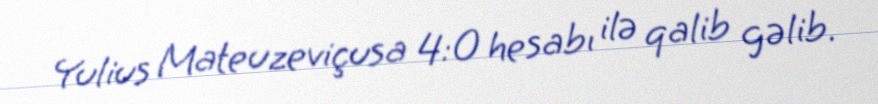
Yulius Mateuzeviçusa 4:0 hesabı ilə qalib gəlib.